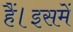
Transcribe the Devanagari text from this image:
हैं।इसमें